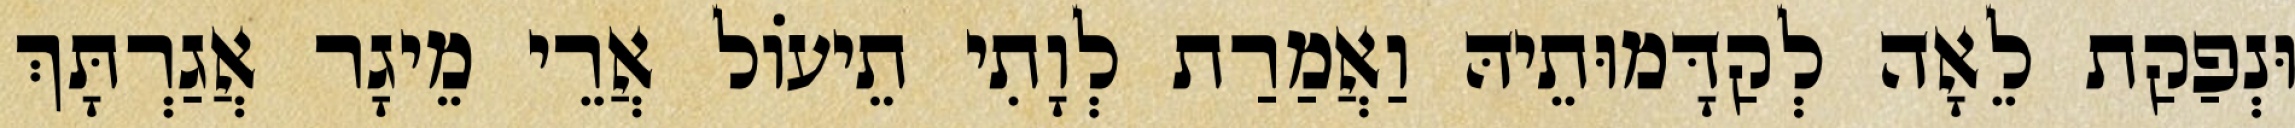
וּנְפַקַת לֵאָה לְקַדָּמוּתֵיהּ וַאֲמַרַת לְוָתִי תֵיעוֹל אֲרֵי מֵיגָר אֲגַרְתָּךְ